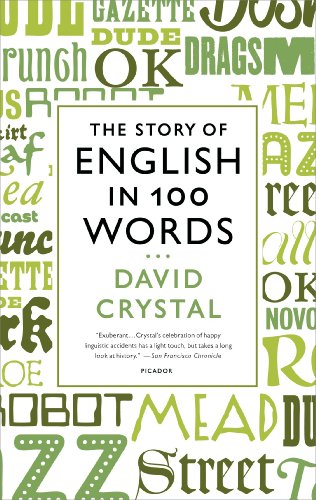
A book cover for The Story of English in 100 Words; David Crystal; Reference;